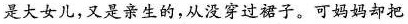
是大女儿，又是亲生的，从没穿过裙子。可妈妈却把